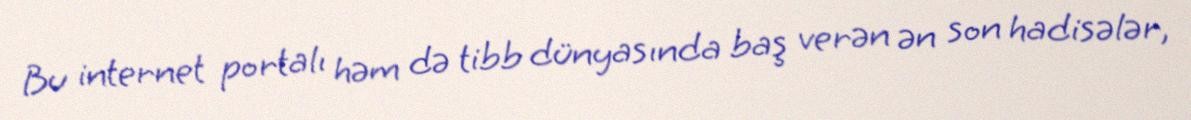
Bu internet portalı həm də tibb dünyasında baş verən ən son hadisələr,